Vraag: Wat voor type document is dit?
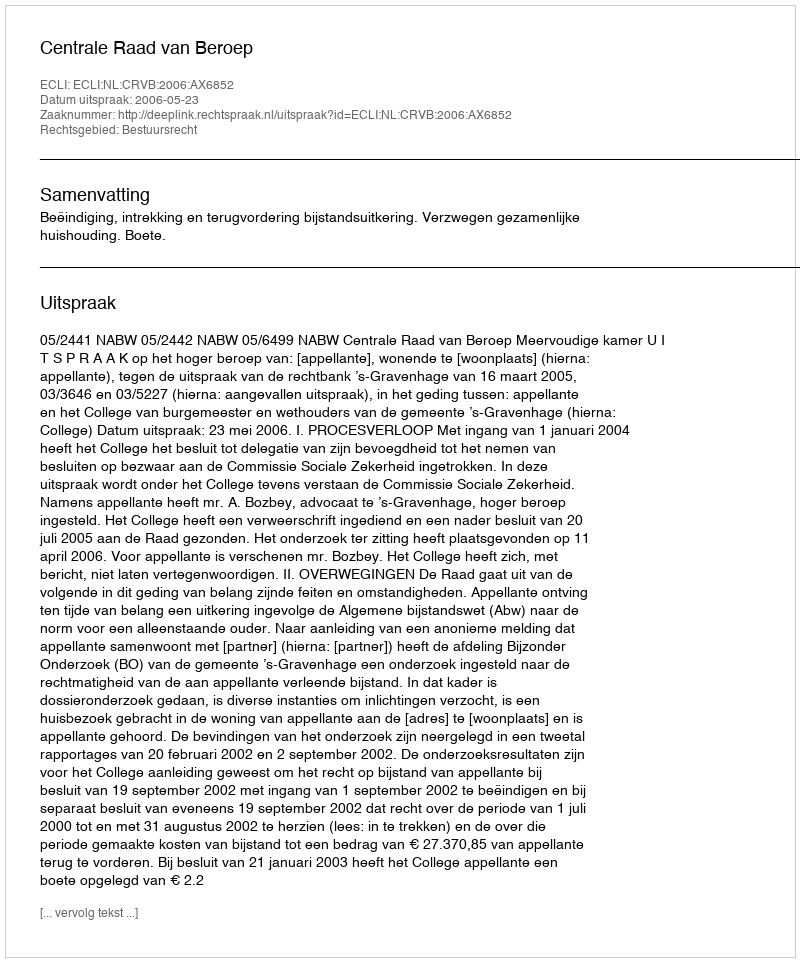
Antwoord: Uitspraak